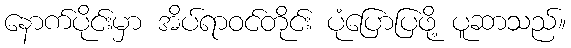
နောက်ပိုင်းမှာ အိပ်ရာဝင်တိုင်း ပုံပြောပြဖို့ ပူဆာသည်။